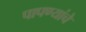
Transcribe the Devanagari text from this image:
पापण्यांचे